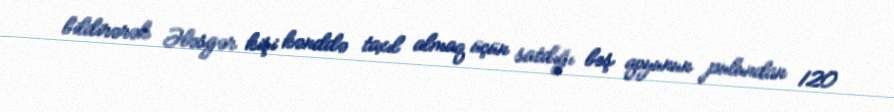
bildirərək Ələsgər kişi kənddə taxıl almaq üçün satdığı beş qoyunun pulundan 120